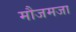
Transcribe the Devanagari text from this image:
मौजमजा